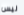
ليس